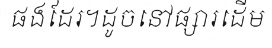
ផងដែរ។ដូចនៅផ្សារដើម